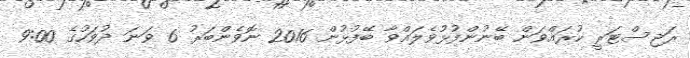
ރަޖިސްޓަރީ ކުރައްވަން ބޭނުންފުޅުވެލައްވާ ބޭފުޅުން 2016 ނޮވެންބަރު 6 ވަނަ ދުވަހުގެ 9:00